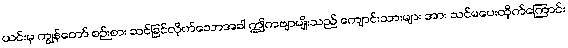
ယင်းမှ ကျွန်တော် စဉ်းစား ဆင်ခြင်လိုက်သောအခါ ဤကဗျာမျိုးသည် ကျောင်းသားများ အား သင်မပေးထိုက်ကြောင်း